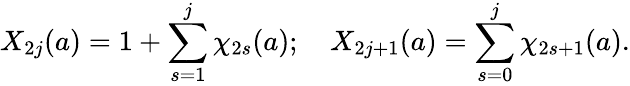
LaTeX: X_{2j}(a)=1+\sum_{s=1}^{j}\chi_{2s}(a);\quad X_{2j+1}(a)=\sum_{s=0}^{j}\chi_{2s+1}(a).